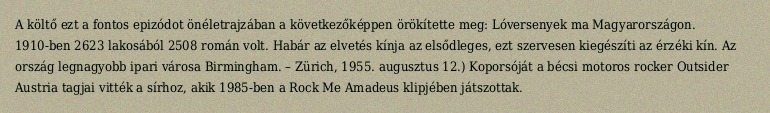
A költő ezt a fontos epizódot önéletrajzában a következőképpen örökítette meg: Lóversenyek ma Magyarországon. 1910-ben 2623 lakosából 2508 román volt. Habár az elvetés kínja az elsődleges, ezt szervesen kiegészíti az érzéki kín. Az ország legnagyobb ipari városa Birmingham. – Zürich, 1955. augusztus 12.) Koporsóját a bécsi motoros rocker Outsider Austria tagjai vitték a sírhoz, akik 1985-ben a Rock Me Amadeus klipjében játszottak.